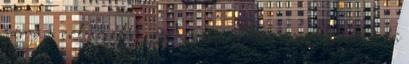
járjam ezt az utat. Annyira kár azért a forditó